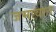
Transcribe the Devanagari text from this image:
जमावात